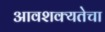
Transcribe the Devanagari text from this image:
आवशक्यतेचा